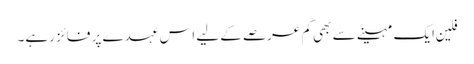
فلین ایک مہینے سے بھی کم عرصے کے لیے اس عہدے پر فائز رہے۔